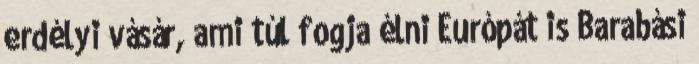
erdélyi vásár, ami túl fogja élni Európát is Barabási